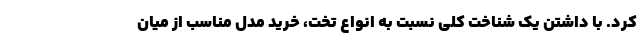
کرد. با داشتن یک شناخت کلی نسبت به انواع تخت، خرید مدل مناسب از میان